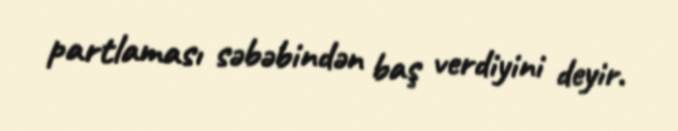
partlaması səbəbindən baş verdiyini deyir.